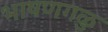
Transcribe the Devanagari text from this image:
भाषणगळु